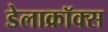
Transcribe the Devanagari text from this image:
डेलाक्रॉक्स